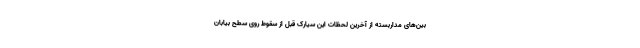
بین‌های مداربسته از آخرین لحظات این سیارک قبل از سقوط روی سطح بیابان